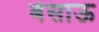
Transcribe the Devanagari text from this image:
बेसाऊ